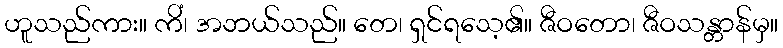
ဟူသည်ကား။ ကိံ၊ အဘယ်သည်။ တေ၊ ရှင်ရသေ့၏။ ဇီဝတော၊ ဇီဝသန္တာန်မှ။